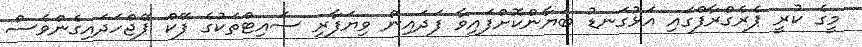
މީގެ ކުރީ ޕެރެގްރާފްގައި އަޅުގަނޑު ބަޔާންކޮށްފައިވާ ފަދައިން ވިޔަފާރި ސައިޓްތަކުގެ ފޭކް ޕޭޖްހަދައިގެންވެސް